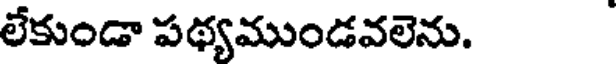
లేకుండా పథ్యముండవలెను.